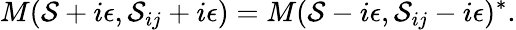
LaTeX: M(\mathcal{S}+i\epsilon,\mathcal{S}_{ij}+i\epsilon)=M(\mathcal{S}-i\epsilon,\mathcal{S}_{ij}-i\epsilon)^{*}.